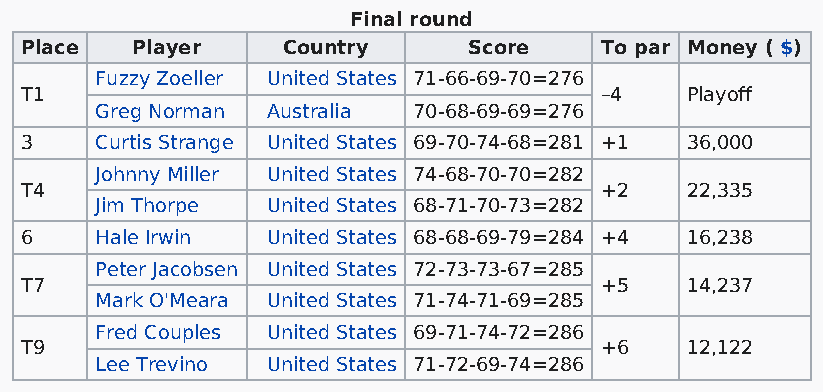
Final round
 Place   Player    Country     Score    To par Money ( $)
 Fuzzy Zoeller United States 71-66-69-70=276
 T1                                     –4   Playoff
 Greg Norman Australia 70-68-69-69=276
 3    Curtis Strange United States 69-70-74-68=281 +1 36,000
 Johnny Miller United States 74-68-70-70=282
 T4                                     +2   22,335
 Jim Thorpe  United States 68-71-70-73=282
 6    Hale Irwin  United States 68-68-69-79=284 +4 16,238
 Peter Jacobsen United States 72-73-73-67=285
 T7                                     +5   14,237
 Mark O'Meara United States 71-74-71-69=285
 Fred Couples United States 69-71-74-72=286
 T9                                     +6   12,122
 Lee Trevino United States 71-72-69-74=286